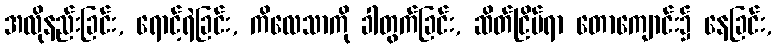
အလိုနည်းခြင်း, ရောင့်ရဲခြင်း, ကိလေသာကို ခါတွက်ခြင်း, ဆိတ်ငြိမ်ရာ တောကျောင်း၌ နေခြင်း,